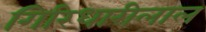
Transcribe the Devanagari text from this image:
गिरिधारीलाल